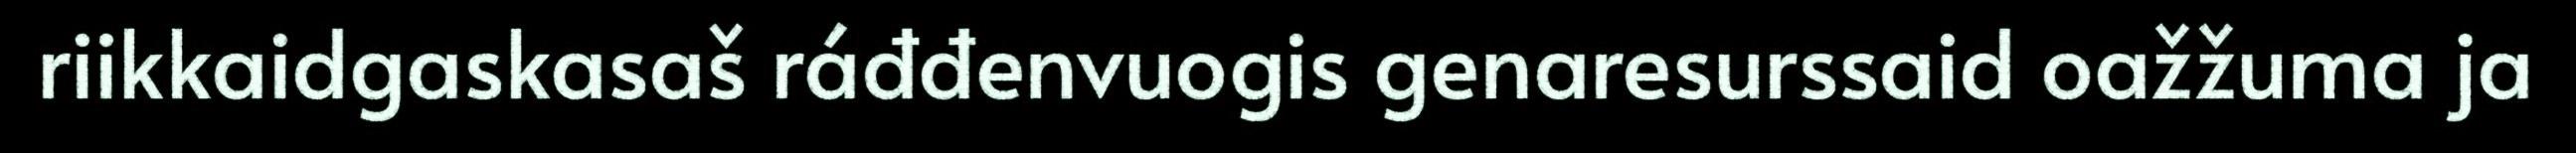
riikkaidgaskasaš ráđđenvuogis genaresurssaid oažžuma ja